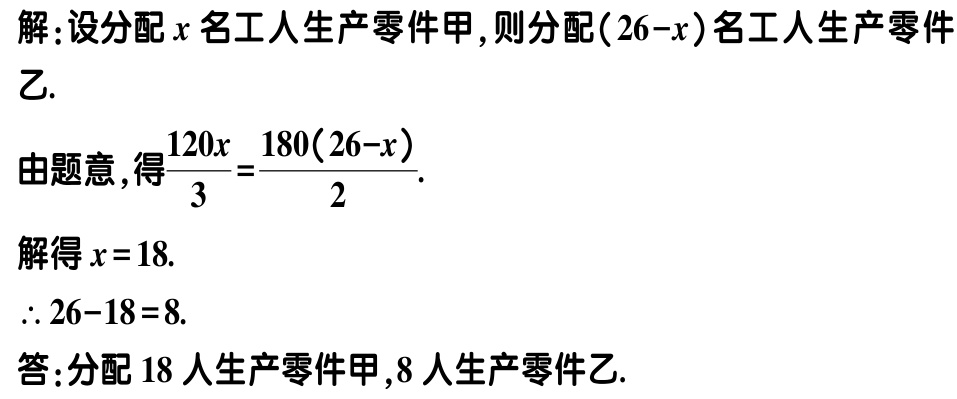
解：设分配\(x\)名工人生产零件甲,则分配\((26 - x)\)名工人生产零件乙.

由题意,得\(\frac{120x}{3}=\frac{180(26 - x)}{2}\).

解得\(x = 18\).

\(\therefore 26 - 18 = 8\).

答:分配\(18\)人生产零件甲,\(8\)人生产零件乙.